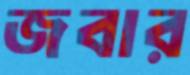
জবার